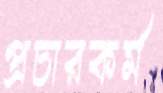
প্রচারকর্ম